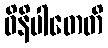
ဝိနိပါတေတိ